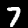
Label: 7